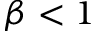
\beta < 1